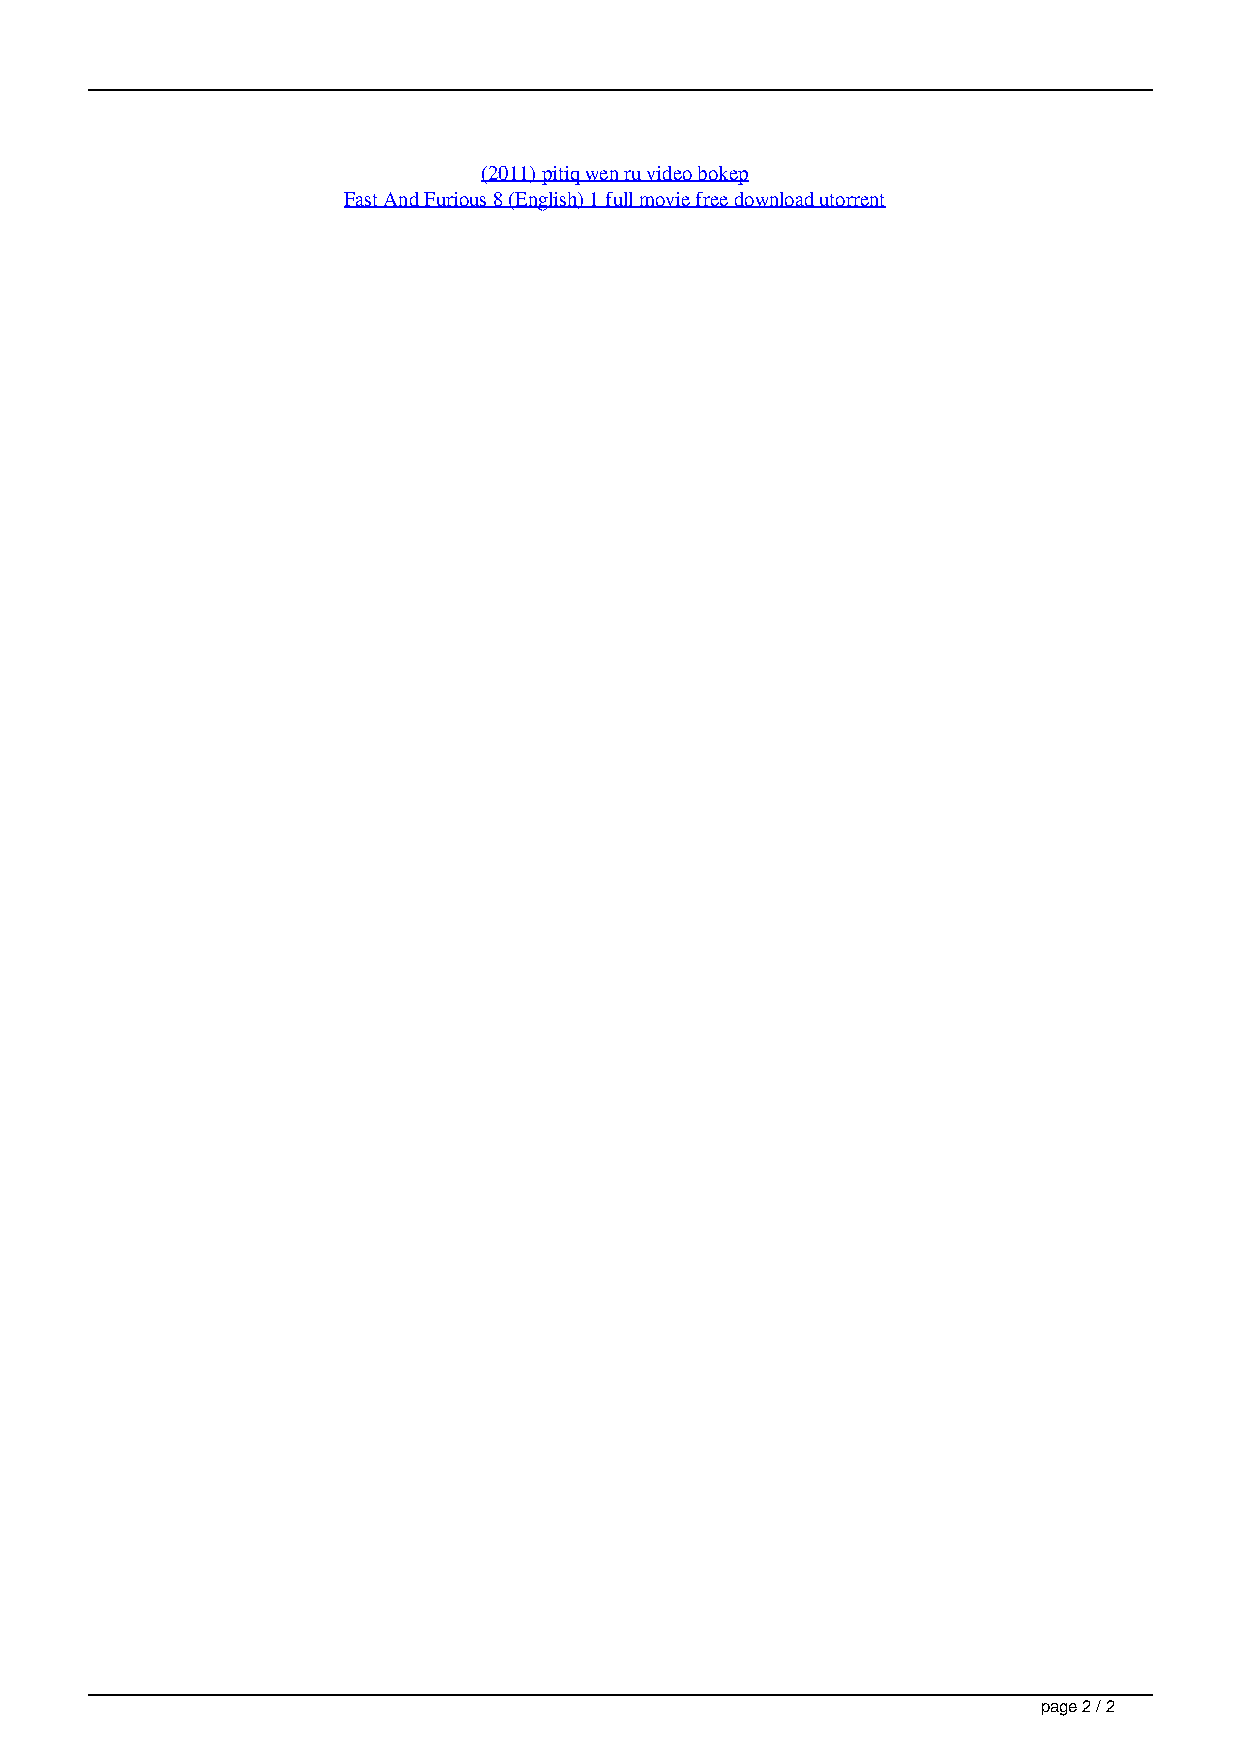
(2011) pitiq wen ru video bokep
 Fast And Furious 8 (English) 1 full movie free download utorrent
 page 2 / 2
 Nba Live 06 No Cd Crack Download